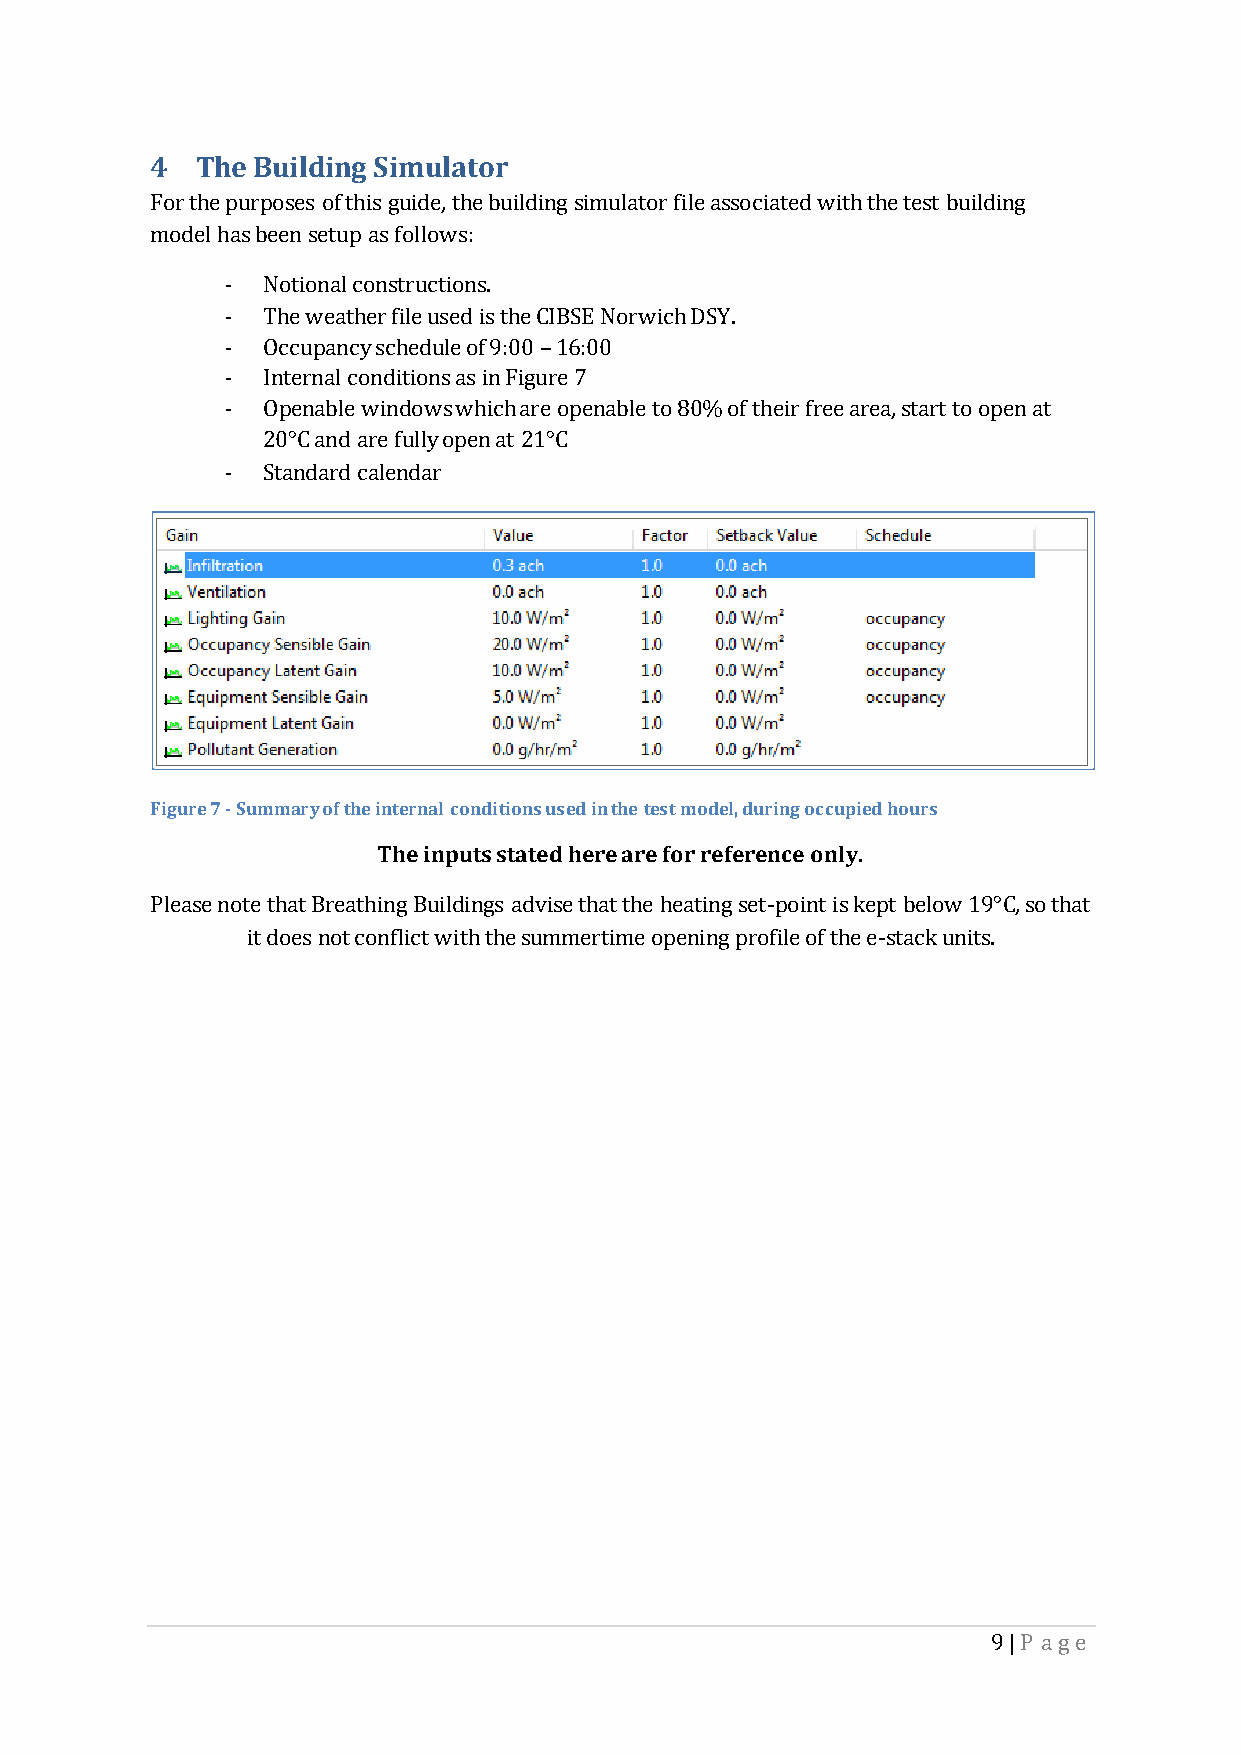
4  The Building Simulator
 For the purposes of this guide, the building simulator file associated with the test building
 model has been setup as follows:
 - Notional constructions.
 - The weather file used is the CIBSE Norwich DSY.
 - Occupancy schedule of 9:00 – 16:00
 - Internal conditions as in Figure 7
 - Openable windows which are openable to 80% of their free area, start to open at
 20°C and are fully open at 21°C
 - Standard calendar
 Figure 7 - Summary of the internal conditions used in the test model, during occupied hours
 The inputs stated here are for reference only.
 Please note that Breathing Buildings advise that the heating set-point is kept below 19°C, so that
 it does not conflict with the summertime opening profile of the e-stack units.
 9 | P age